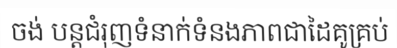
ចង់ បន្តជំរុញទំនាក់ទំនងភាពជាដៃគូគ្រប់